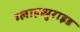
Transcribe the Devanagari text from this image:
ग्लाइब्युराइड